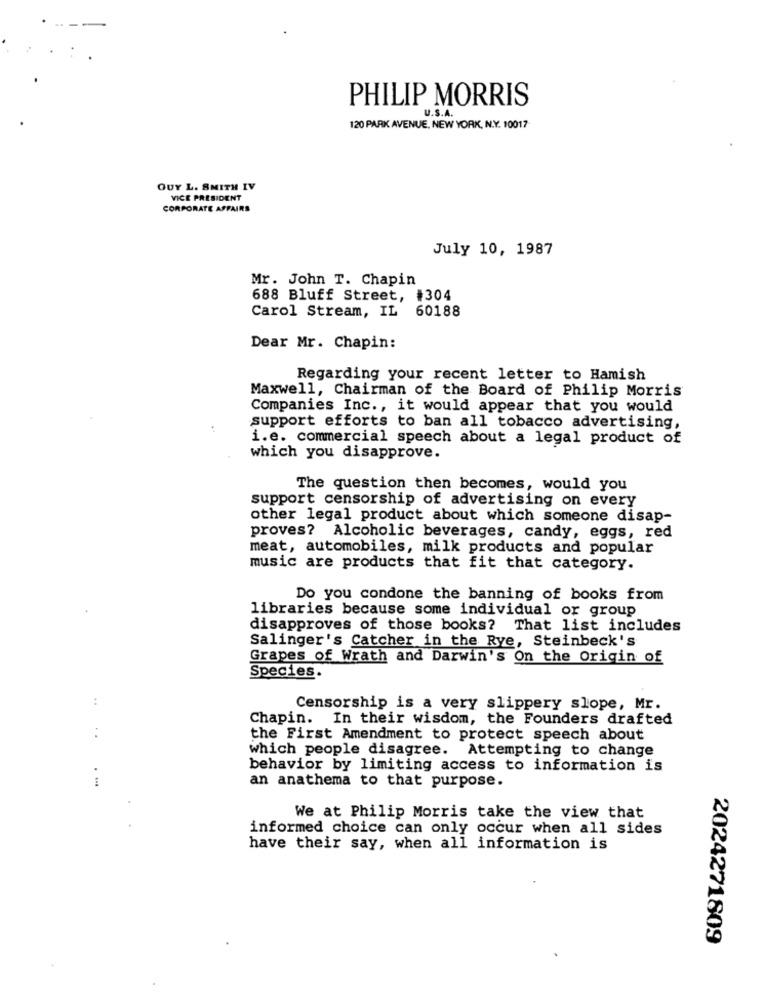
PHILIP MORRIS
U.S.A.
120 PARK AVENUE, NEW YORK, N.Y. 10017
GUY L. SMITH IV
VICE PRESIDENT
CORPORATE AFFAIRS
July 10, 1987
Mr. John T. Chapin
688 Bluff Street, #304
Carol Stream, IL 60188
Dear Mr. Chapin:
Regarding your recent letter to Hamish
Maxwell, Chairman of the Board of Philip Morris
Companies Inc ., it would appear that you would
support efforts to ban all tobacco advertising,
i.e. commercial speech about a legal product of
which you disapprove.
The question then becomes, would you
support censorship of advertising on every
other legal product about which someone disap-
proves? Alcoholic beverages, candy, eggs, red
meat, automobiles, milk products and popular
music are products that fit that category.
Do you condone the banning of books from
libraries because some individual or group
disapproves of those books? That list includes
Salinger's Catcher in the Rye, Steinbeck's
Grapes of Wrath and Darwin's On the Origin of
Species.
:
Censorship is a very slippery slope, Mr.
Chapin. In their wisdom, the Founders drafted
the First Amendment to protect speech about
which people disagree. Attempting to change
behavior by limiting access to information is
an anathema to that purpose.
We at Philip Morris take the view that
informed choice can only occur when all sides
have their say, when all information is
2024271809